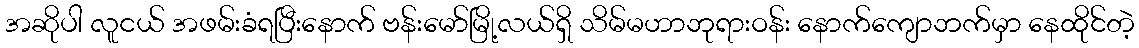
အဆိုပါ လူငယ် အဖမ်းခံရပြီးနောက် ဗန်းမော်မြို့လယ်ရှိ သိမ်မဟာဘုရားဝန်း နောက်ကျောဘက်မှာ နေထိုင်တဲ့